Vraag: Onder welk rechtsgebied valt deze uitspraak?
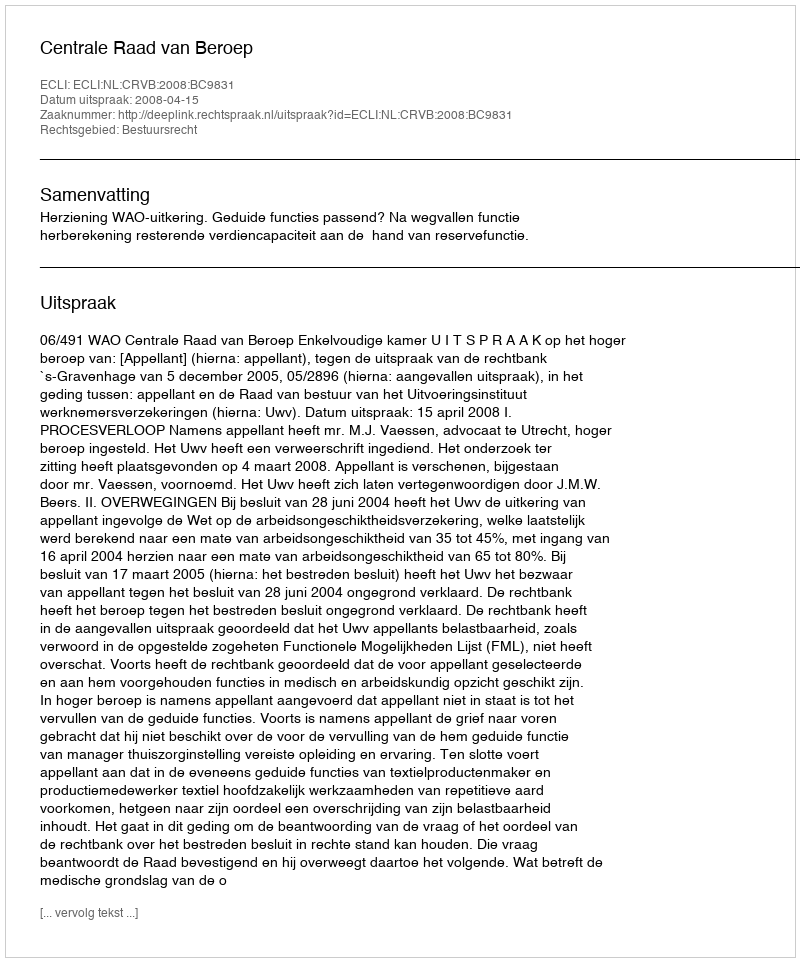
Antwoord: Bestuursrecht